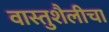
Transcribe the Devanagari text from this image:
वास्तुशैलीचा